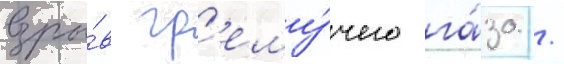
взры́в гр'ему́чего га́за /